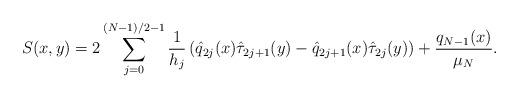
LaTeX: \begin{align*}S(x,y)=2\sum_{j=0}^{(N-1)/2-1}\frac{1}{h_j}\left(\hat{q}_{2j}(x)\hat{\tau}_{2j+1}(y)-\hat{q}_{2j+1}(x)\hat{\tau}_{2j}(y)\right)+\frac{q_{N-1}(x)}{\mu_N}.\end{align*}